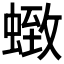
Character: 𮔩